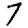
Digit: 7